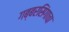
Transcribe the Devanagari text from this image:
गब्बरसिंगाचा